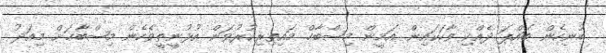
ބުނިހެން ބައްޕަ ދެއްކި ވާހަކައިން އަމީން މިޞްބާޙް މައިތިރިކުރުވަން އުޅުނީތީވެހެން މިޞްބާޙަށް މިއަދު